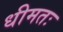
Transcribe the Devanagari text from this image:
धीमतः